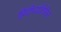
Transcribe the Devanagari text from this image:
हिंदीव्यतिरिक्त